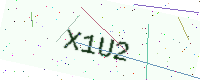
Text: X1U2